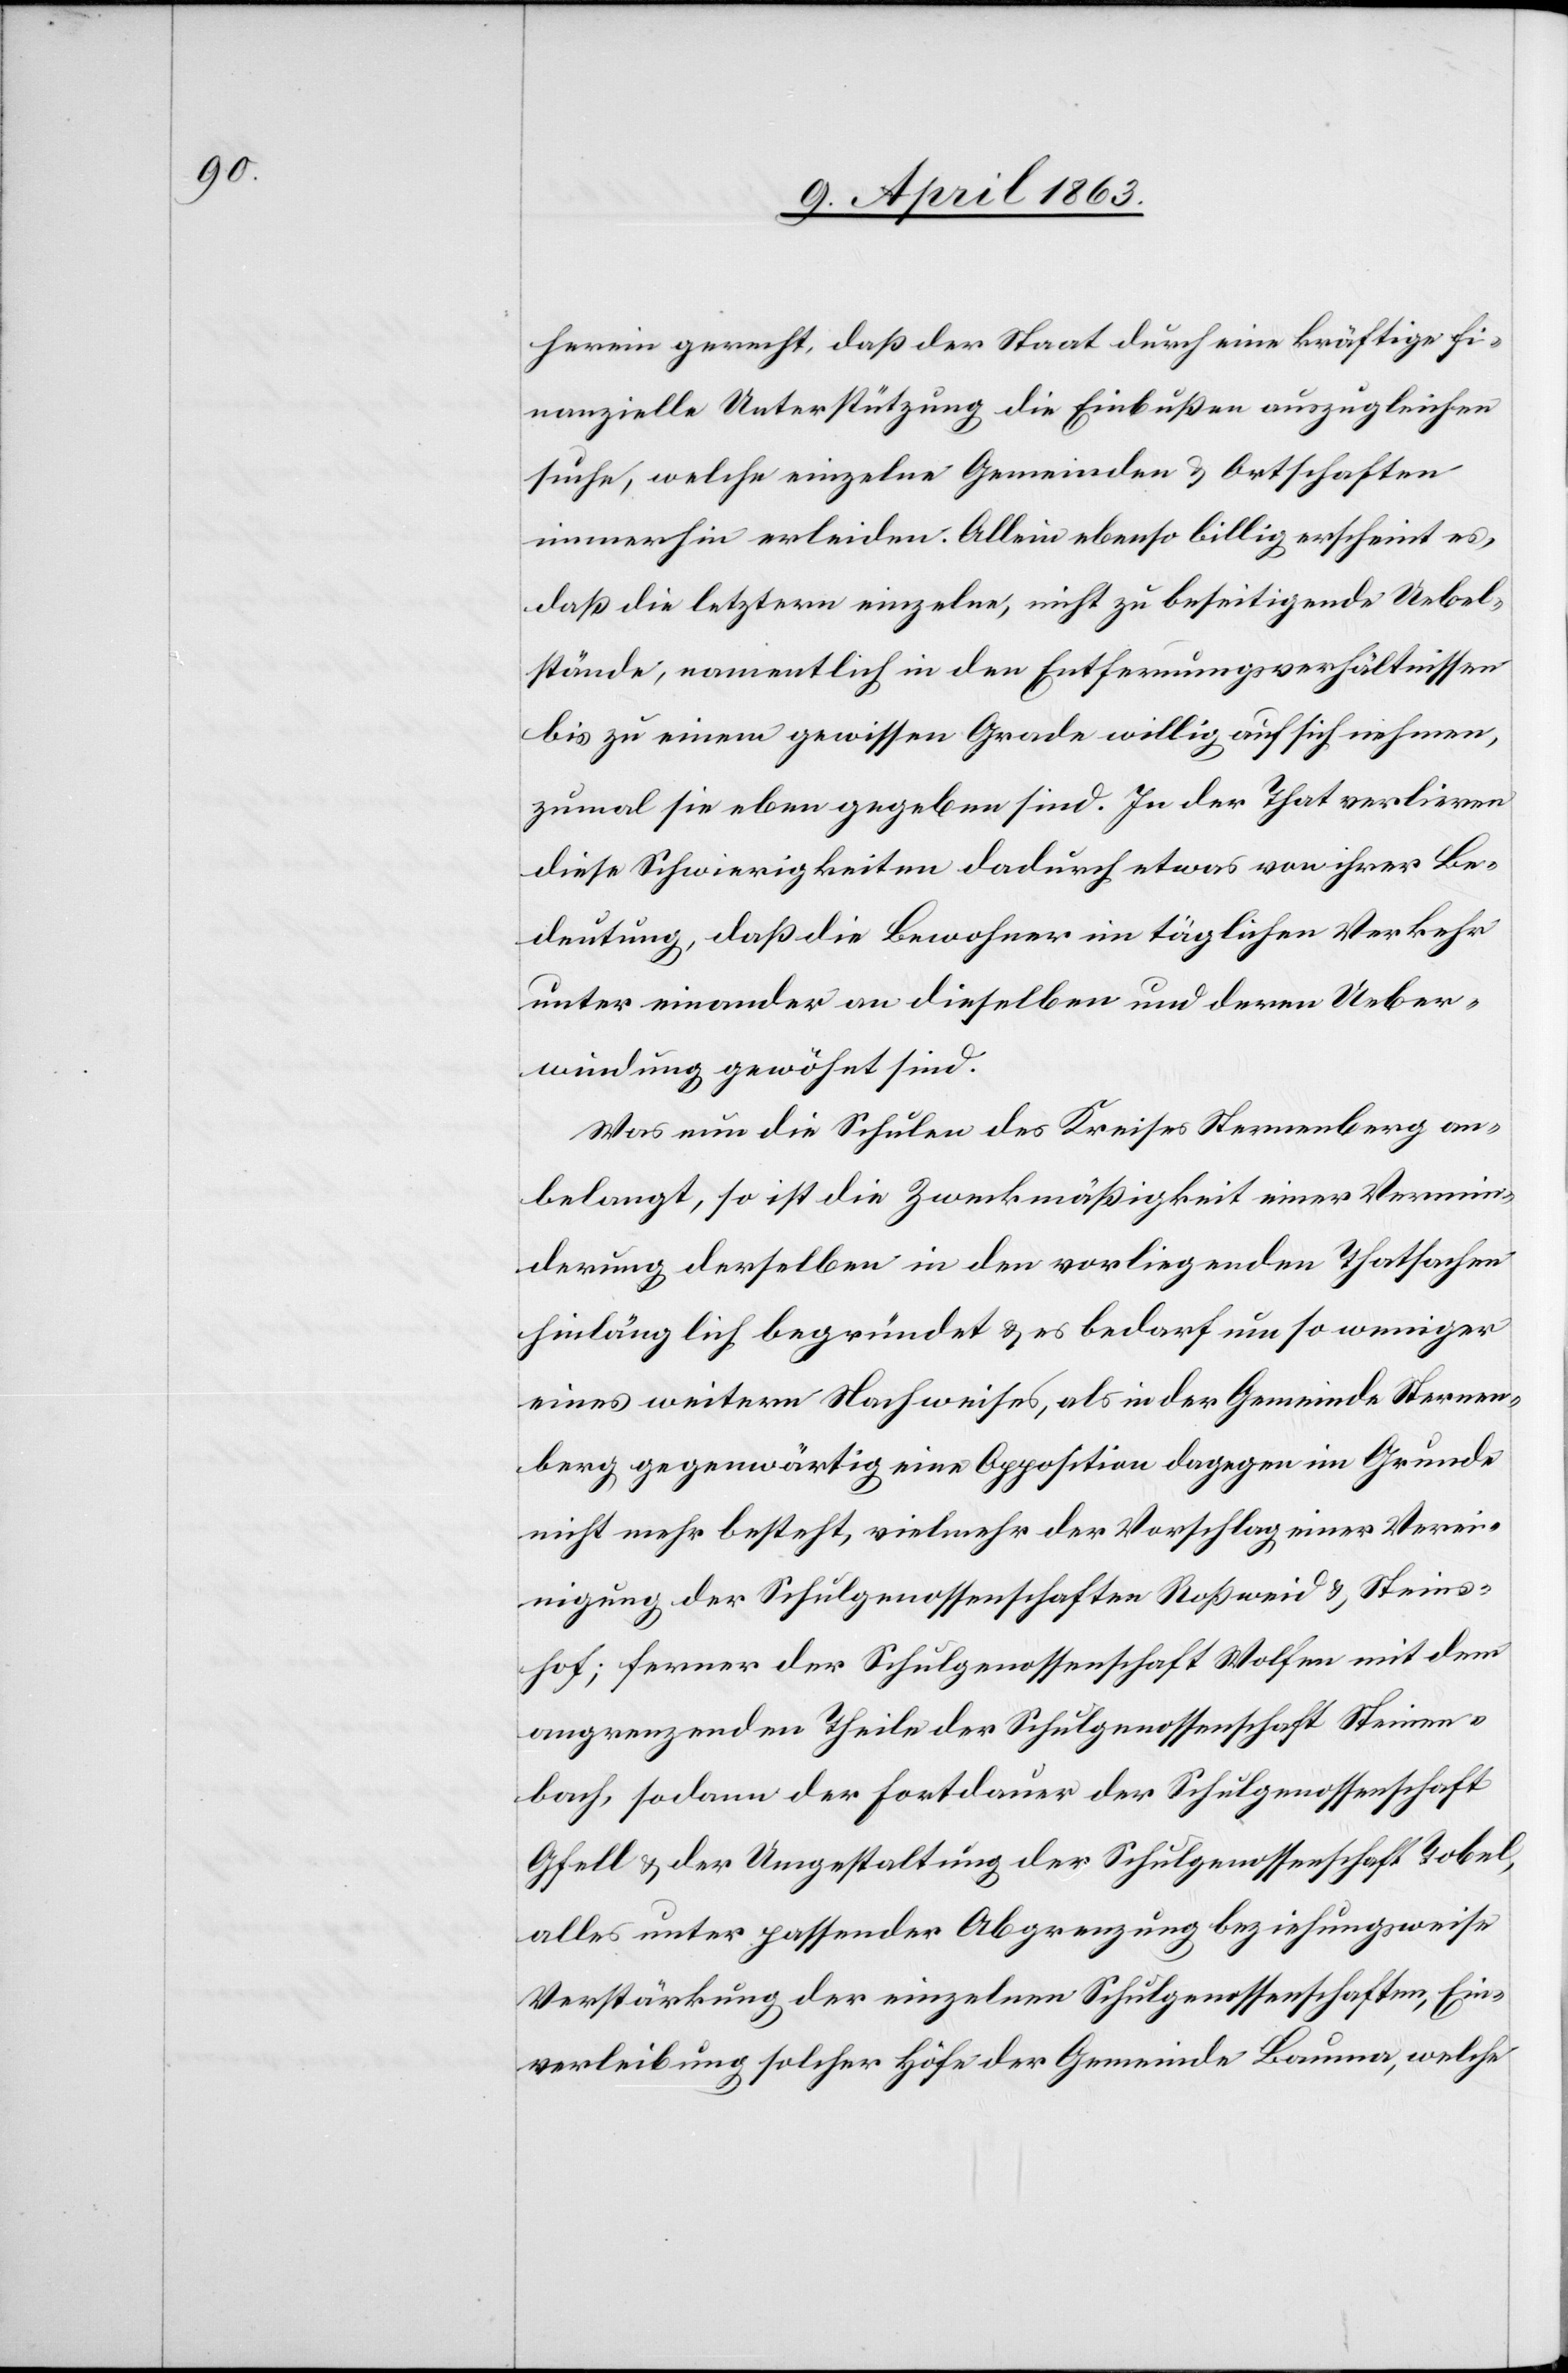
herein gerecht, daß der Staat durch eine kräftige fi¬
nanzielle Unterstützung die Einbußen auszugleichen
suche, welche einzelne Gemeinden & Ortschaften
immerhin erleiden. Allein ebenso billig erschient es,
daß die letztern einzelne, nicht zu beseitigende Uebel¬
stände, namentlich in den Entfernungsverhältnissen
bis zu einem gewissen Grade willig auf sich nehmen,
zumal sie eben gegeben sind. In der That verlieren
diese Schwierigkeiten dadurch etwas von ihrer Be¬
deutung, daß die Bewohner im täglichen Verkehr
unter einander an dieselben und deren Ueber¬
windung gewöhnt sind.
Was nun die Schulen des Kreises Sternenberg an¬
belangt, so ist die Zweckmäßigkeit einer Vermin¬
derung derselben in den vorliegenden Thatsachen
hinlänglich begründet & es bedarf um so weniger
eines weitern Nachweises, als in der Gemeinde Sternen¬
berg gegenwärtig eine Opposition dagegen im Grunde
nicht mehr besteht, vielmehr der Vorschlag einer Verei¬
nigung der Schulgenossenschaften Roßweid & Steins¬
hof; ferner der Schulgenossenschaft Wolfen mit dem
angrenzenden Theile der Schulgenossenschaft Steinen¬
bach, sodann der Fortdauer der Schulgenossenschaft
Gfell & der Umgestaltung der Schulgenossenschaft Tobel,
alles unter passender Abgrenzung beziehungsweise
Verstärkung der einzelnen Schulgenossenschaften, Ein¬
verleibung solcher Höfe der Gemeinde Bauma, welche